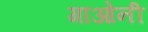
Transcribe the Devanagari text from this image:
गाओनी